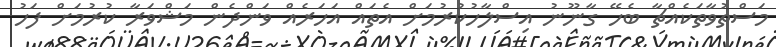
މަސްތުވާތަކެއްޗާ ބެހޭ ގާނޫނު އިސްލާހުކުރުމަށް އެތައް އަހަރެއް ވަންދެން މަޝްވަރާ ކުރުމަށް ފަހު